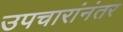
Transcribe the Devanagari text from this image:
उपचारांनंतर